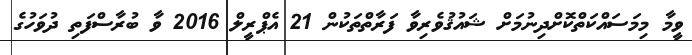
ވީމާ މިމަސައްކަތްކޮށްދިނުމަށް ޝައުޤުވެރިވާ ފަރާތްތަކުން 21 އެޕްރީލް 2016 ވާ ބުރާސްފަތި ދުވަހުގެ